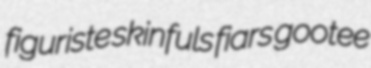
figuriste skinfuls fiars gootee